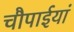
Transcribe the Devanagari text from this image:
चौपाईयां